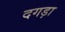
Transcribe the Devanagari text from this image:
दगड़ा